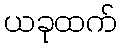
ယခုထက်